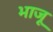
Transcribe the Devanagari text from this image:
भाजू